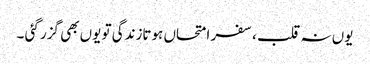
یوں نہ قلب ،سفر امتحاں ہوتازندگی تو یوں بھی گزر گئی ۔